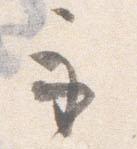
示